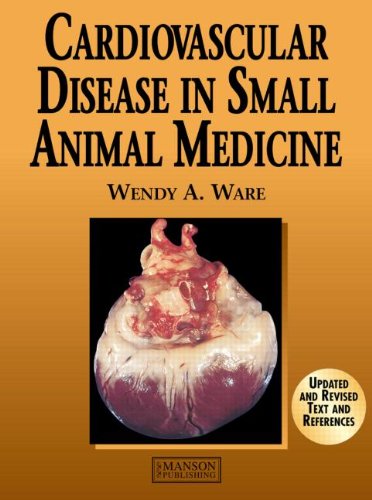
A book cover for Cardiovascular Disease in Small Animal Medicine; Wendy Ware; Medical Books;